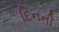
દિનની